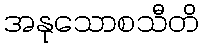
အနုသောစသီတိ